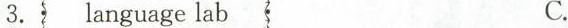
3.language lab C.